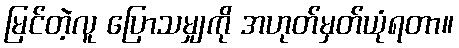
မြင်တဲ့လူ ပြောသမျှကို အဟုတ်မှတ်ယုံရတာ။